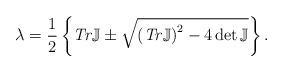
LaTeX: \begin{align*}\lambda=\frac{1}{2}\left\{ \mathit{Tr}\mathbb{J}\pm\sqrt{\left(\mathit{Tr}\mathbb{J}\right) ^{2}-4\det\mathbb{J}}\right\} . \end{align*}